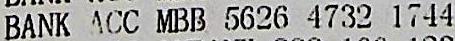
BANK ACC MBB 5626 4732 1744